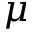
\mu